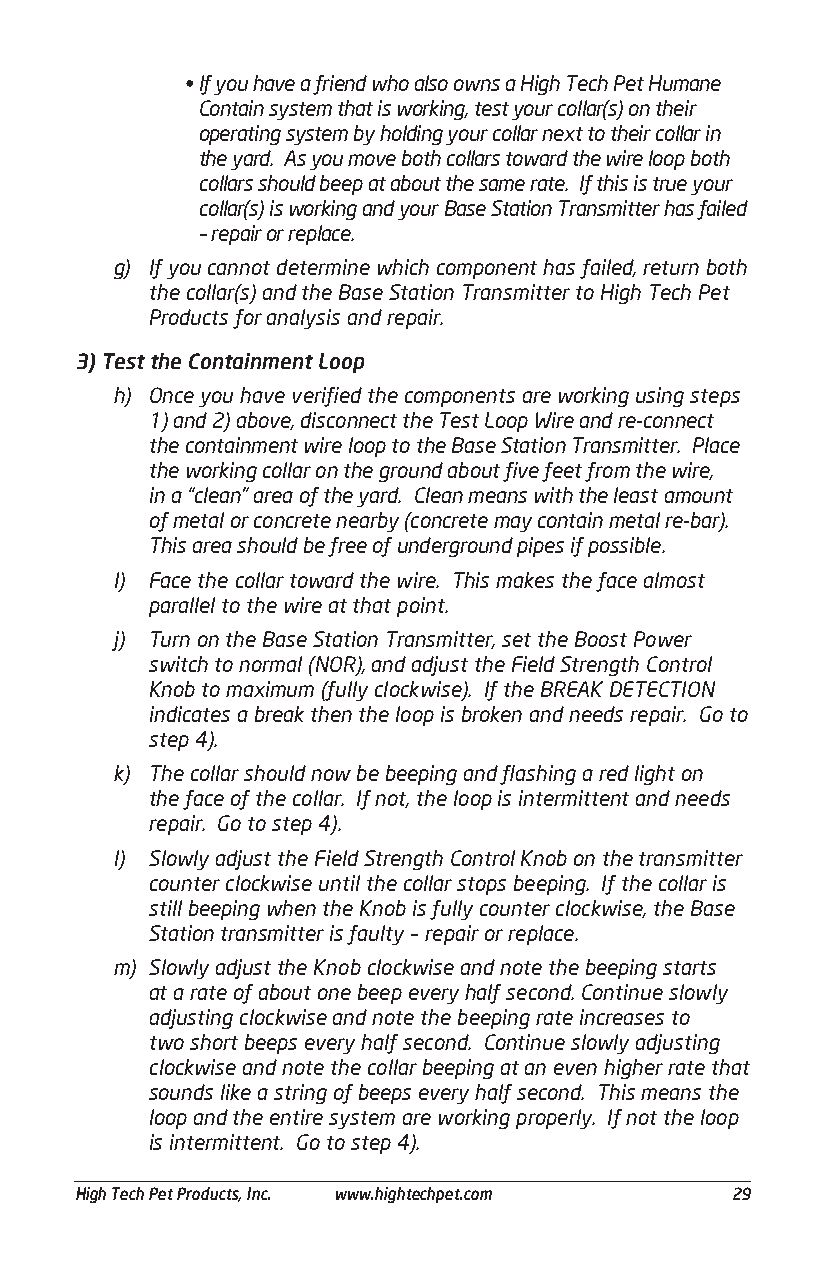
• If you have a friend who also owns a High Tech Pet Humane
 Contain system that is working, test your collar(s) on their
 operating system by holding your collar next to their collar in
 the yard. As you move both collars toward the wire loop both
 collars should beep at about the same rate. If this is true your
 collar(s) is working and your Base Station Transmitter has failed
 – repair or replace.
 g) If you cannot determine which component has failed, return both
 the collar(s) and the Base Station Transmitter to High Tech Pet
 Products for analysis and repair.
 3) Test the Containment Loop
 h) Once you have verified the components are working using steps
 1) and 2) above, disconnect the Test Loop Wire and re-connect
 the containment wire loop to the Base Station Transmitter. Place
 the working collar on the ground about five feet from the wire,
 in a “clean” area of the yard. Clean means with the least amount
 of metal or concrete nearby (concrete may contain metal re-bar).
 This area should be free of underground pipes if possible.
 I) Face the collar toward the wire. This makes the face almost
 parallel to the wire at that point.
 j) Turn on the Base Station Transmitter, set the Boost Power
 switch to normal (NOR), and adjust the Field Strength Control
 Knob to maximum (fully clockwise). If the BREAK DETECTION
 indicates a break then the loop is broken and needs repair. Go to
 step 4).
 k) The collar should now be beeping and flashing a red light on
 the face of the collar. If not, the loop is intermittent and needs
 repair. Go to step 4).
 l) Slowly adjust the Field Strength Control Knob on the transmitter
 counter clockwise until the collar stops beeping. If the collar is
 still beeping when the Knob is fully counter clockwise, the Base
 Station transmitter is faulty – repair or replace.
 m) Slowly adjust the Knob clockwise and note the beeping starts
 at a rate of about one beep every half second. Continue slowly
 adjusting clockwise and note the beeping rate increases to
 two short beeps every half second. Continue slowly adjusting
 clockwise and note the collar beeping at an even higher rate that
 sounds like a string of beeps every half second. This means the
 loop and the entire system are working properly. If not the loop
 is intermittent. Go to step 4).
 ___________________________________________________________________________________________
 High Tech Pet Products, Inc. www.hightechpet.com 29